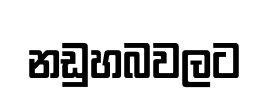
නඩුහබවලට